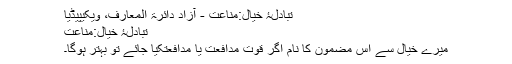
تبادلۂ خیال:مناعت - آزاد دائرۃ المعارف، ویکیپیڈیا
تبادلۂ خیال:مناعت
میرے خیال سے اس مضمون کا نام اگر قوت مدافعت یا مدافعتکیا جائے تو بہتر ہوگا۔